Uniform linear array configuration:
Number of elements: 16
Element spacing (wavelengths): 0.25
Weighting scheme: exponential
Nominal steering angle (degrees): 15
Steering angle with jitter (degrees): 15.194
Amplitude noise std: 0.05
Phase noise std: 0.05

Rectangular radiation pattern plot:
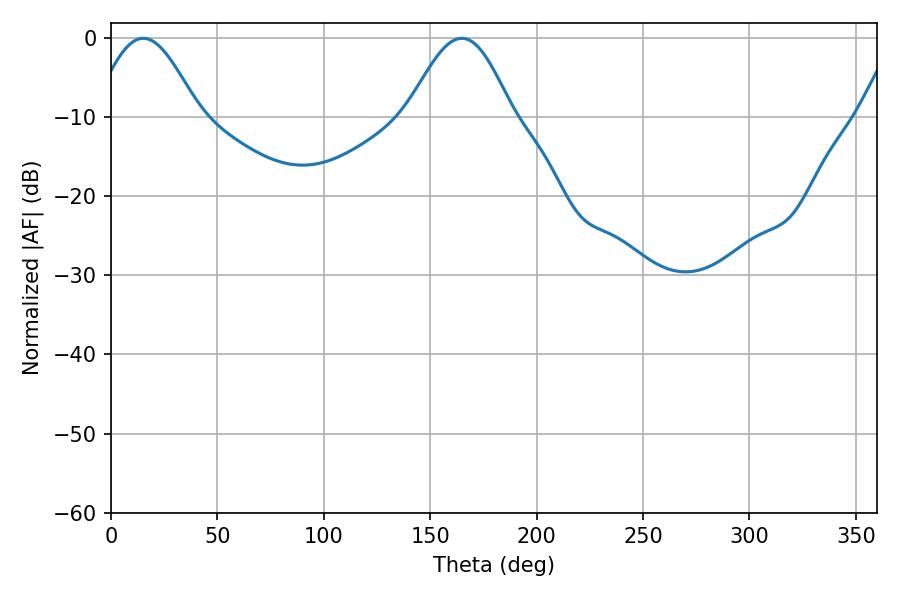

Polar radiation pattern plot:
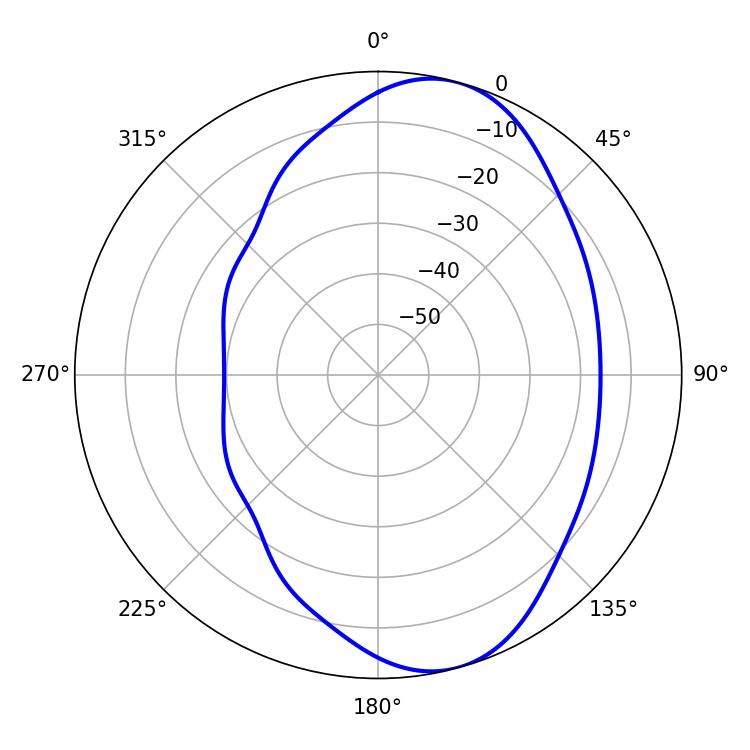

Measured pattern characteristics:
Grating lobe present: FALSE
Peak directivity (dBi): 7.959
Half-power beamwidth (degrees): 26.28
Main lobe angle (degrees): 15.12